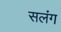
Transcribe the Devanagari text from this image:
सलंग